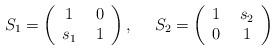
LaTeX: \begin{align*} S_1=\left(\begin{array}{cc}1&~0\\s_1&~1\end{array}\right),~~~~S_2=\left(\begin{array}{cc}1&~s_2\\0&~1\end{array}\right) \end{align*}